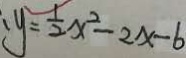
: y = \frac { 1 } { 2 } x ^ { 2 } - 2 x - 6